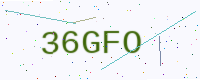
Text: 36GFO